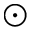
\odot